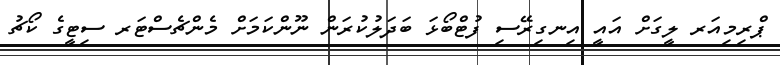
ޕްރިމިއަރ ލީގަށް އައީ އިނގިރޭސި ފުޓްބޯޅަ ބަދަލުކުރަން ނޫންކަމަށް މެންޗެސްޓަރ ސިޓީގެ ކޯޗު